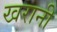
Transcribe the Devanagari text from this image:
खरानी